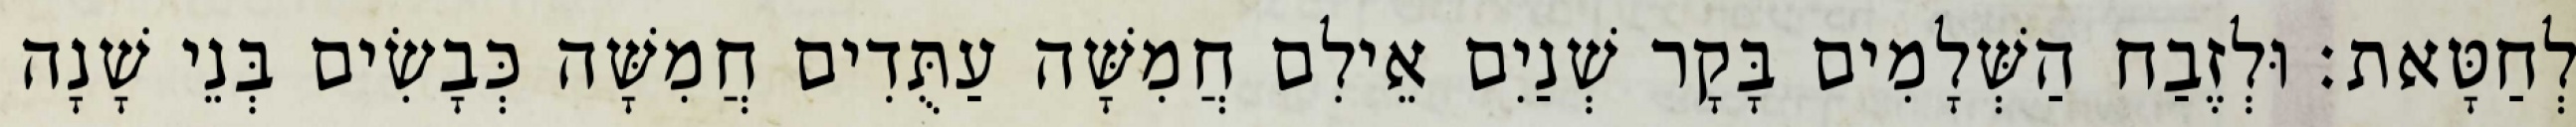
לְחַטָּאת׃ וּלְזֶבַח הַשְּׁלָמִים בָּקָר שְׁנַיִם אֵילִם חֲמִשָּׁה עַתֻּדִים חֲמִשָּׁה כְּבָשִׂים בְּנֵי שָׁנָה